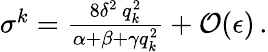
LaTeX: \begin{array}{r}{\sigma^{k}=\frac{8\delta^{2}\, q_{k}^{2}}{\alpha+\beta+\gamma q_{k}^{2}}+\mathcal{O}(\epsilon)\, .}\end{array}